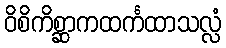
ဝိစိကိစ္ဆာကထင်္ကထာသလ္လံ